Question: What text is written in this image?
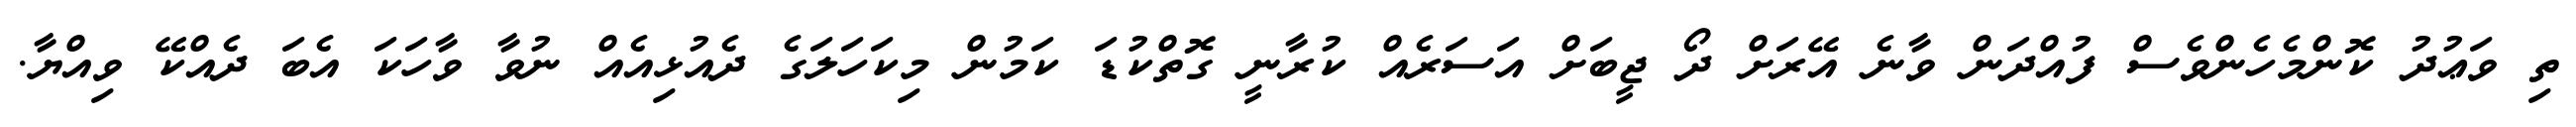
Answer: ތި ވަޢުދު ކޮންމެހެންވެސް ފުއްދަން ވާނެ އޭރަށް ދޯ ޖީބަށް އަސަރެއް ކުރާނީ ގޮތްކުޑަ ކަމުން މިކަހަލަގެ ދެއުޅިއެއް ނުވާ ވާހަކަ އެބަ ދެއްކޭ ވިއްޔާ.